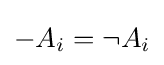
-A_{i}=\neg A_{i}